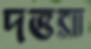
দত্তরা